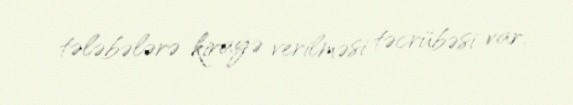
tələbələrə kirayə verilməsi təcrübəsi var.